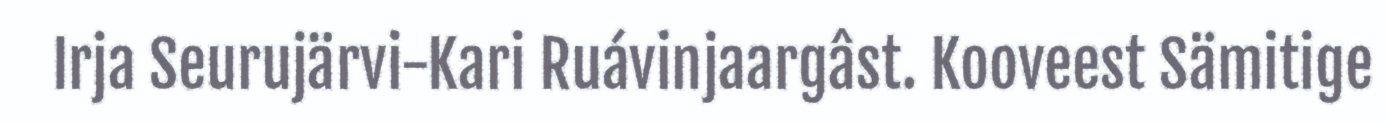
Irja Seurujärvi-Kari Ruávinjaargâst. Kooveest Sämitige